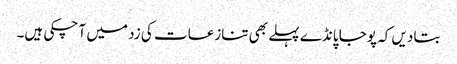
بتا دیں کہ پوجا پانڈے پہلے بھی تنازعات کی زد میں آ چکی ہیں۔